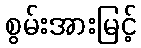
စွမ်းအားမြင့်